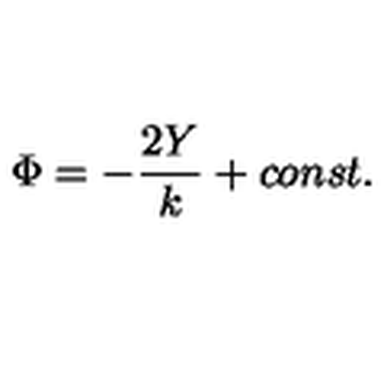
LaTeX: \Phi = - \frac { 2 Y } { k } + c o n s t .